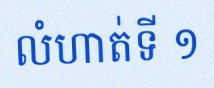
លំហាត់ទី ១